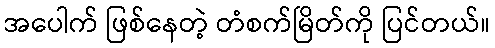
အပေါက် ဖြစ်နေတဲ့ တံစက်မြိတ်ကို ပြင်တယ်။